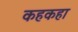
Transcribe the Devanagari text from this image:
कहकहा